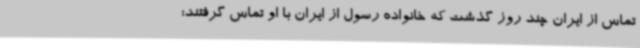
تماس از ایران چند روز گذشت که خانواده رسول از ایران با او تماس گرفتند؛